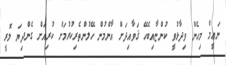
ނަޢީމް މިހެން ވިދާޅުވީ ކުންޏާއިބެހޭ ޤަވާއިދަށް އާންމުން ހޭލުންތެރިކުރުމަށް ކުރިއަށް ގެންދިޔަ ލޮރީ